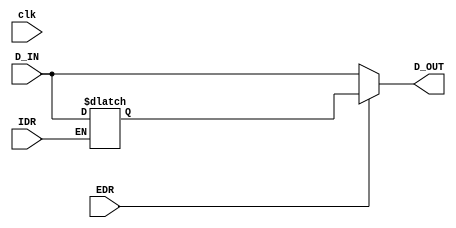
`timescale 1ns / 1ps
//////////////////////////////////////////////////////////////////////////////////
// Company: 
// Engineer: 
// 
// Design Name: 
// Module Name: DR
// Project Name: 
// Target Devices: 
// Tool Versions: 
// Description: 
// 
// Dependencies: 
// 
// Revision:
// Revision 0.01 - File Created
// Additional Comments:
// 
//////////////////////////////////////////////////////////////////////////////////
module DR(
input wire clk,
input wire IDR,
input wire EDR,
input wire [7:0]D_IN,
output wire [7:0]D_OUT
    );
 reg [7:0]data;
// reg [7:0]data_out;
  assign D_OUT=(EDR)?data:D_IN;
 always @(*)
 begin
 if(IDR)
 begin
 data=D_IN;
 end 
 end
  
endmodule